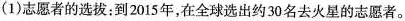
(1)志愿者的选拔：到2015年，在全球选出约30名去火星的志愿者。